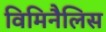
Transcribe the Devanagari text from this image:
विमिनैलिस